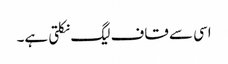
اسی سے قاف لیگ نکلتی ہے۔